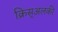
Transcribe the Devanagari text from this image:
क्रिस्अलकी